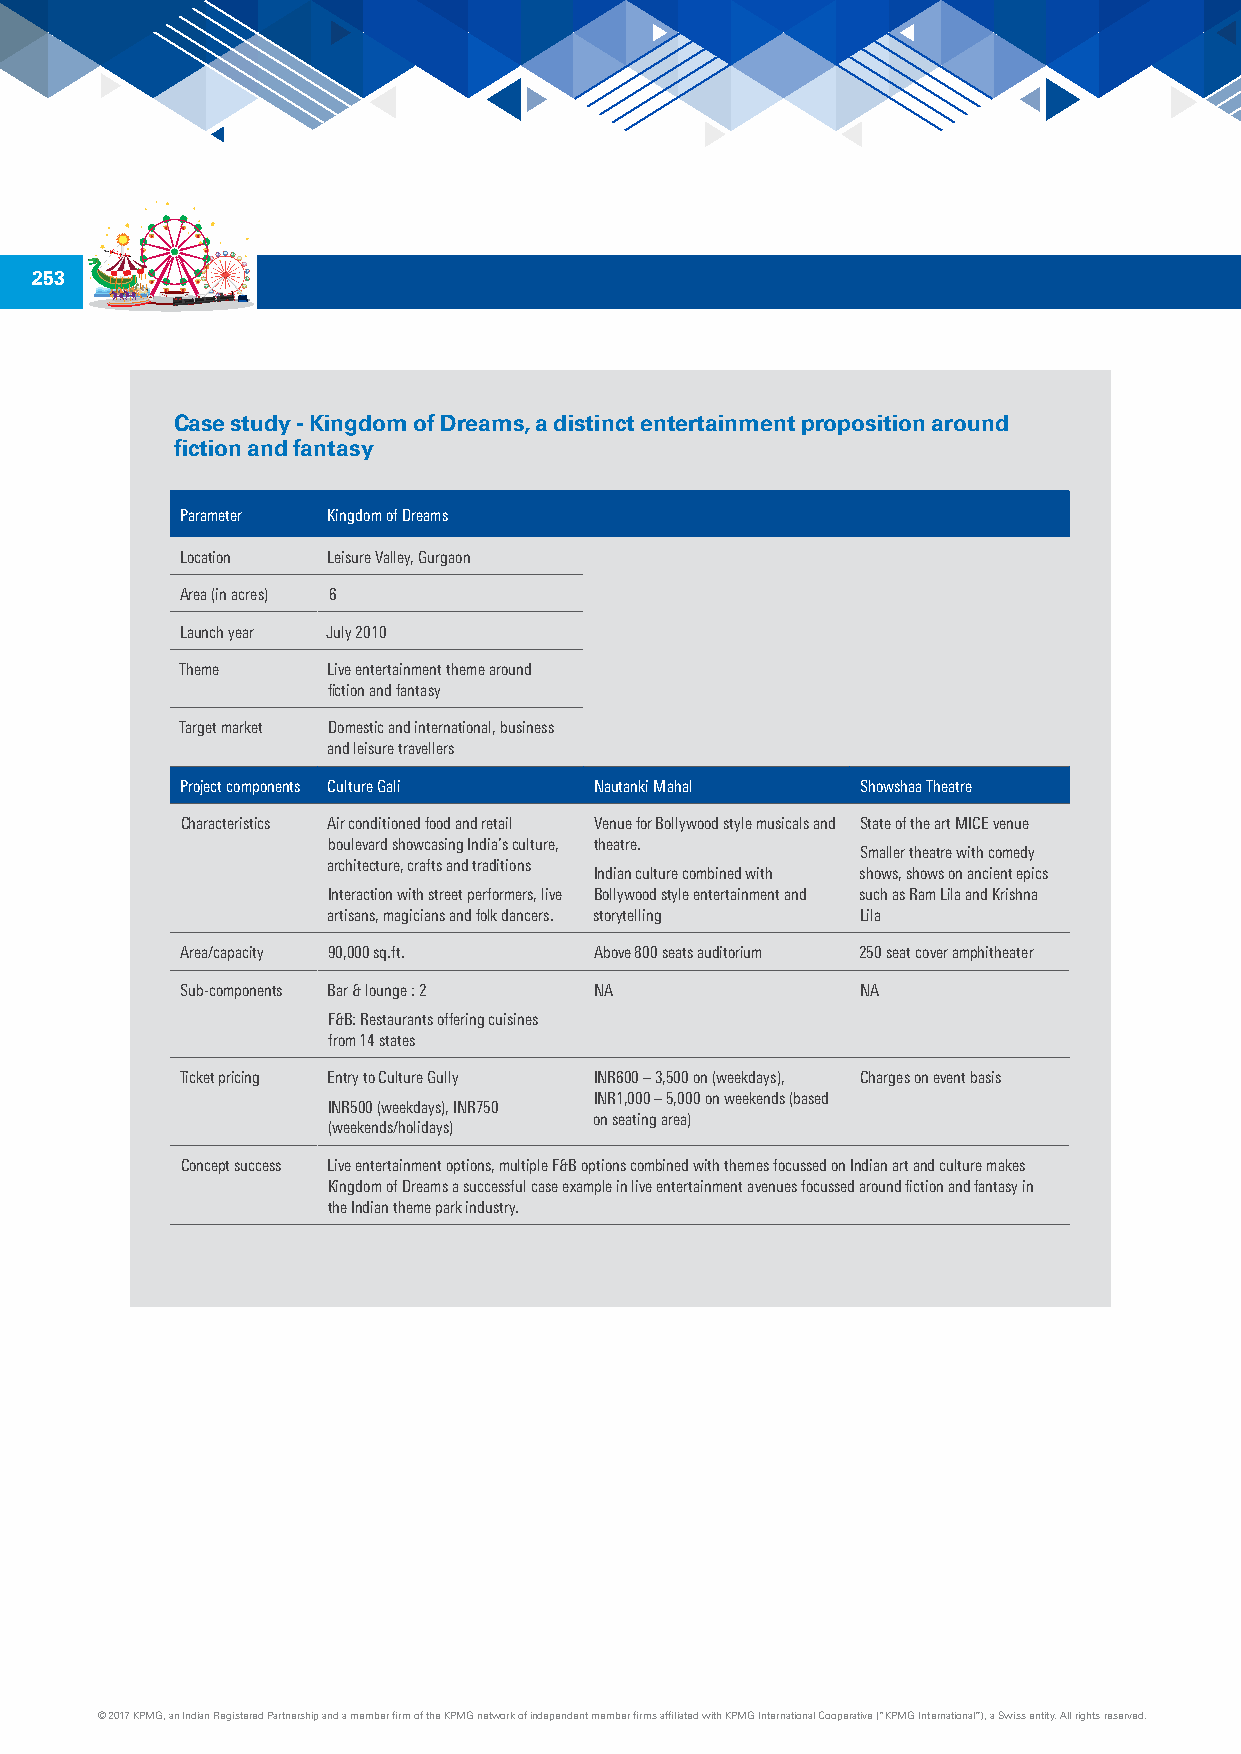
253
 Case study - Kingdom of Dreams, a distinct entertainment proposition around
 fiction and fantasy
 Parameter Kingdom of Dreams
 Location  Leisure Valley, Gurgaon
 Area (in acres) 6
 Launch year July 2010
 Theme     Live entertainment theme around
 fiction and fantasy
 Target market Domestic and international, business
 and leisure travellers
 Project components Culture Gali Nautanki Mahal Showshaa Theatre
 Characteristics Air conditioned food and retail Venue for Bollywood style musicals and State of the art MICE venue
 boulevard showcasing India’s culture, theatre.
 Smaller theatre with comedy
 architecture, crafts and traditions
 Indian culture combined with shows, shows on ancient epics
 Interaction with street performers, live Bollywood style entertainment and such as Ram Lila and Krishna
 artisans, magicians and folk dancers. storytelling Lila
 Area/capacity 90,000 sq.ft. Above 800 seats auditorium 250 seat cover amphitheater
 Sub-components Bar & lounge : 2 NA           NA
 F&B: Restaurants offering cuisines
 from 14 states
 Ticket pricing Entry to Culture Gully INR600 – 3,500 on (weekdays), Charges on event basis
 INR1,000 – 5,000 on weekends (based
 INR500 (weekdays), INR750
 on seating area)
 (weekends/holidays)
 Concept success Live entertainment options, multiple F&B options combined with themes focussed on Indian art and culture makes
 Kingdom of Dreams a successful case example in live entertainment avenues focussed around fiction and fantasy in
 the Indian theme park industry.
 © 2017 KPMG, an Indian Registered Partnership and a member firm of the KPMG network of independent member firms affiliated with KPMG International Cooperative (“KPMG International”), a Swiss entity. All rights reserved.